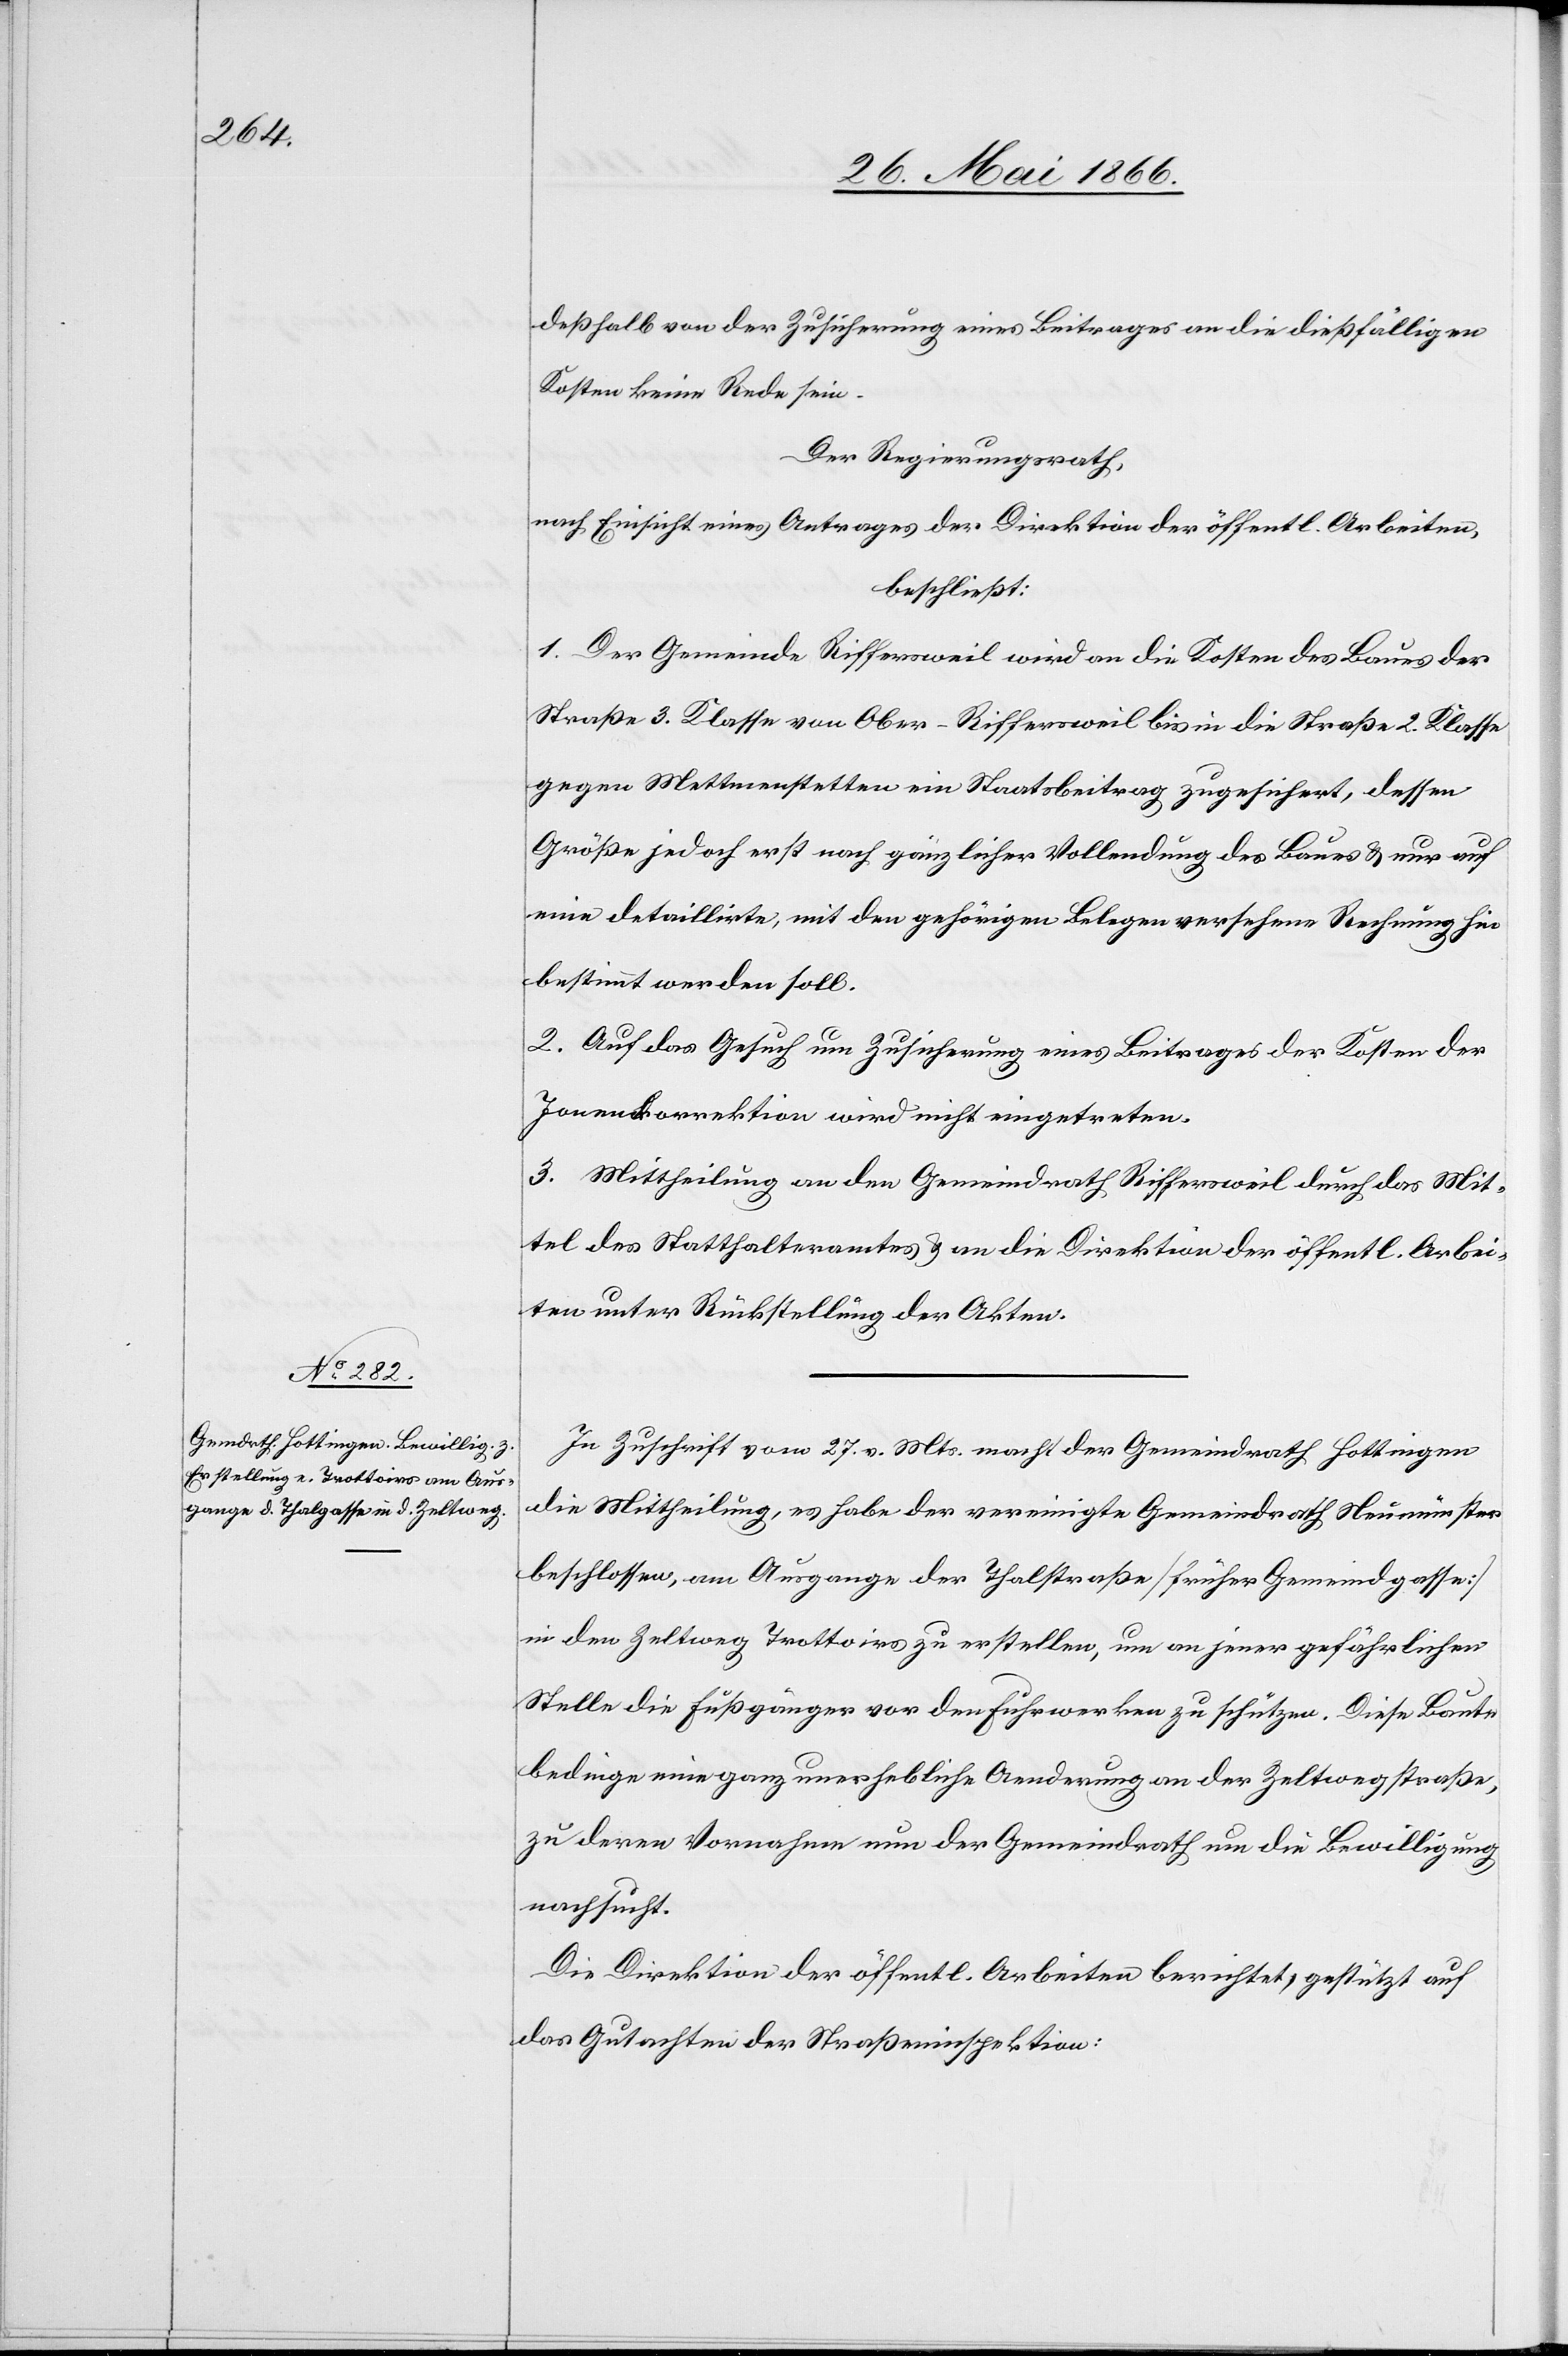
deßhalb von der Zusicherung eines Beitrages an die dießfälligen
Kosten keine Rede sein.
Der Regierungsrath,
nach Einsicht eines Antrages der Direktion der öffentl. Arbeiten,
beschließt:
1. Der Gemeinde Riffersweil wird an die Kosten des Baues der
Straße 3. Klasse von Ober-Riffersweil bis in die Straße 2. Klasse
gegen Mettmenstetten ein Staatsbeitrag zugesichert, dessen
Größe jedoch erst nach gänzlicher Vollendung des Baues u. nur auf
eine detaillirte, mit den gehörigen Belegen versehene Rechnung hin
bestimmt werden soll.
2. Auf das Gesuch um Zusicherung eines Beitrages der Kosten der
Jonenkorrektion wird nicht eingetreten.
3. Mittheilung an den Gemeindrath Riffersweil durch das Mit¬
tel des Statthalteramtes u. an die Direktion der öffentl. Arbei¬
ten unter Rückstellung der Akten.
In Zuschrift vom 27. v. Mts macht der Gemeindrath Hottingen
die Mittheilung, es habe der vereinigte Gemeindrath Neumünster
beschlossen, am Ausgange der Thalstraße [sic!] [früher Gemeindgasse]
in den Zeltweg Trottoirs zu erstellen, um an jener gefährlichen
Stelle die Fußgänger vor den Fuhrwerken zu schützen. Diese Baute
bedinge eine ganz unerhebliche Aenderung an der Zeltwegstraße,
zu deren Vornahme der Gemeindrath um die Bewilligung
nachsucht.
Die Direktion der öffentl. Arbeiten berichtet, gestützt auf
das Gutachten der Straßeninspektion: